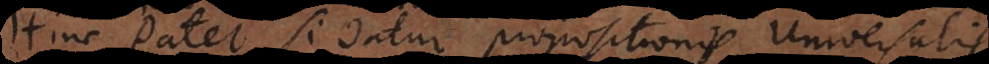
Hinc patet si datur propositionis universalis